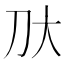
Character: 𫥰